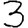
Digit: 3